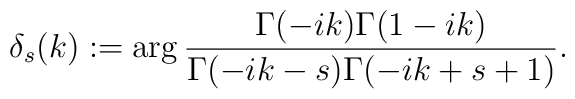
\delta_s(k):=\arg\frac{\Gamma(-ik)\Gamma(1-ik)}{\Gamma(-ik-s)\Gamma(-ik+s+1)}.